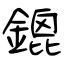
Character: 鎞